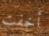
أخفت